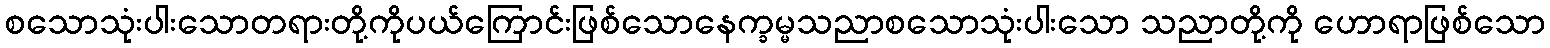
စသောသုံးပါးသောတရားတို့ကိုပယ်ကြောင်းဖြစ်သောနေက္ခမ္မသညာစသောသုံးပါးသော သညာတို့ကို ဟောရာဖြစ်သော